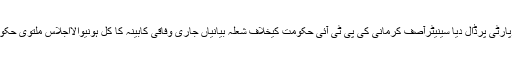
حمزہ شہباز عمران خان کی فتح پر دل گرفتہ مولانا فضل الرحمان نے سارا ملبہ پیپلزپارٹی پرڈال دیا سینیٹرآصف کرمانی کی پی ٹی آئی حکومت کیخلاف شعلہ بیانیاں جاری وفاقی کابینہ کا کل ہونیوالااجلاس ملتوی حکومت کی ایک اورکامیابی،بھارت پاکستان کومتنازع ڈیموں کا معائنہ کرانے پرراضی